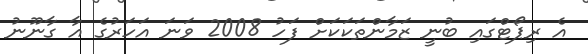
އެ ރިޕޯޓްގައި ބުނީ ޒަމާންތަކަކަށް ފަހު 2008 ވަނަ އަހަރުގެ އާ ގާނޫނު